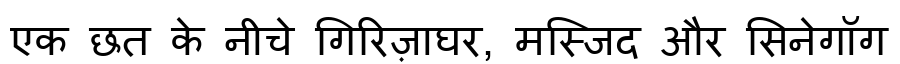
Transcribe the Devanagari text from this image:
एक छत के नीचे गिरिज़ाघर, मस्जिद और सिनेगॉग